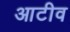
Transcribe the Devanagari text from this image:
आटीव